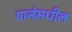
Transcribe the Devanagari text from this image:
पानंमधील